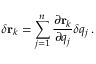
\delta \mathbf { r } _ { k } = \sum _ { j = 1 } ^ { n } { \frac { \partial \mathbf { r } _ { k } } { \partial q _ { j } } } \delta q _ { j } \, .